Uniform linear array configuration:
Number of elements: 8
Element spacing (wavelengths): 0.75
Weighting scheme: blackman
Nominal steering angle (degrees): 0
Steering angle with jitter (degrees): -0.7841
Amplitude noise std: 0.05
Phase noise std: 0.05

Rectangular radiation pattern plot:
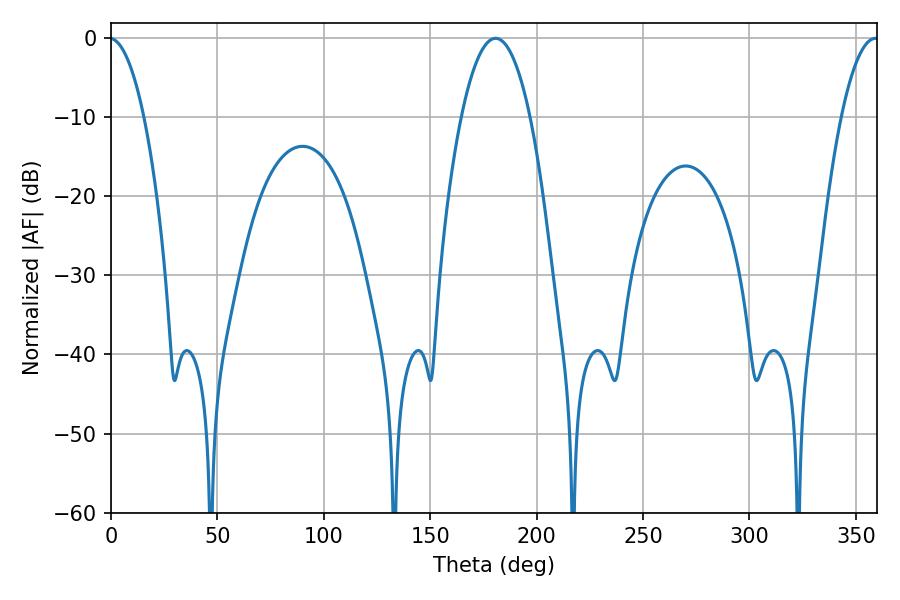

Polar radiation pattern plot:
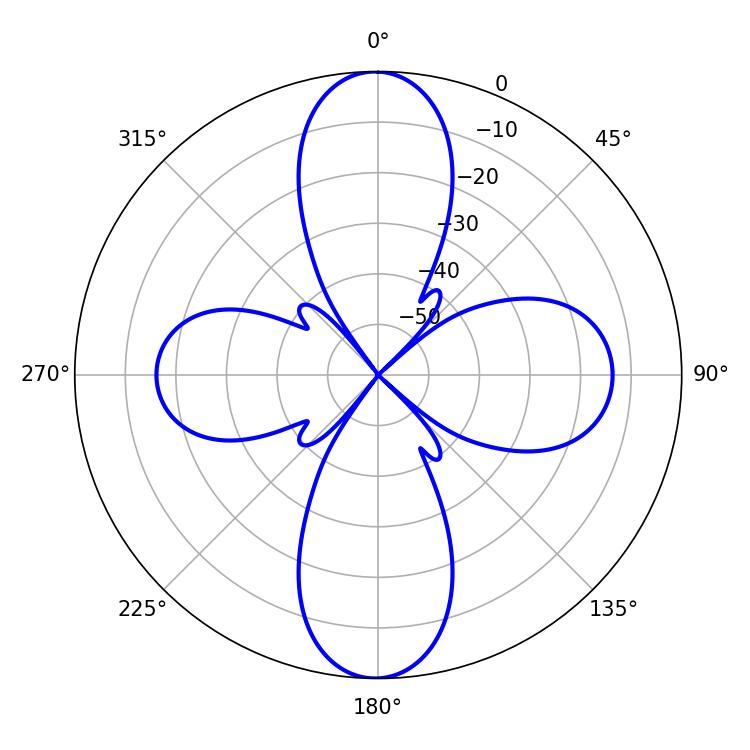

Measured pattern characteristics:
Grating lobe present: TRUE
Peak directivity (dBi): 30.779
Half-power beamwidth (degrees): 18
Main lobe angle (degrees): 180.72